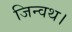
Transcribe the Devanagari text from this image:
जिन्वथ।